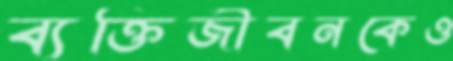
ব্যক্তিজীবনকেও